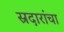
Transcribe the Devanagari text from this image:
स्रदारांचा